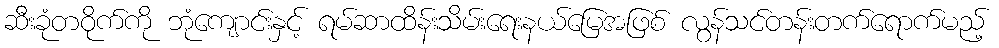
ဆီးခုံတဝိုက်ကို ဘုံကျောင်းနှင့် ရမ်ဆာထိန်းသိမ်းရေးနယ်မြေအဖြစ် လွန်သင်တန်းတက်ရောက်မည့်